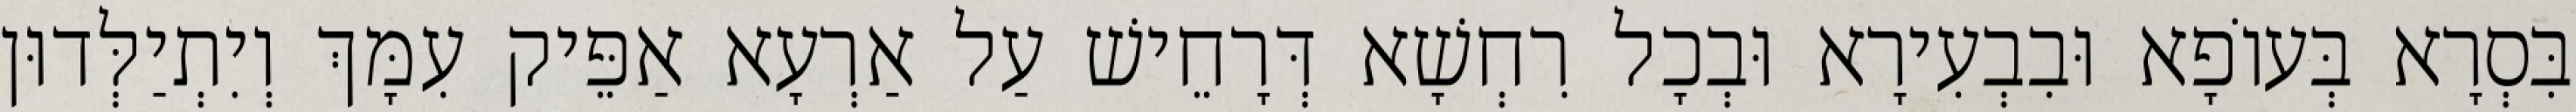
בִּסְרָא בְּעוֹפָא וּבִבְעִירָא וּבְכָל רִחְשָׁא דְּרָחֵישׁ עַל אַרְעָא אַפֵּיק עִמָּךְ וְיִתְיַלְּדוּן